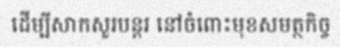
ដើម្បីសាកសួរបន្តរ នៅចំពោះមុខសមត្ថកិច្ច